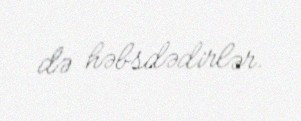
də həbsdədirlər.